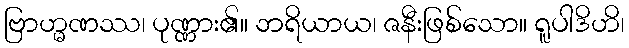
ဗြာဟ္မဏဿ၊ ပုဏ္ဏား၏။ ဘရိယာယ၊ ဇနီးဖြစ်သော။ ရူပါဒိဟိ၊